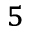
_ 5